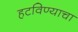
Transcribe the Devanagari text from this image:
हटविण्याचा